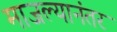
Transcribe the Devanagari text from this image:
माजल्यानंतर